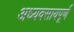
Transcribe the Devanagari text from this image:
अध्यवसायपूर्ण